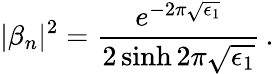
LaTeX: |\beta_{n}|^{2}=\frac{e^{-2\pi\sqrt{\epsilon_{1}}}}{2\sinh 2\pi\sqrt{\epsilon_{1}}}\, .